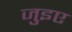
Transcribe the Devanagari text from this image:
जुइए